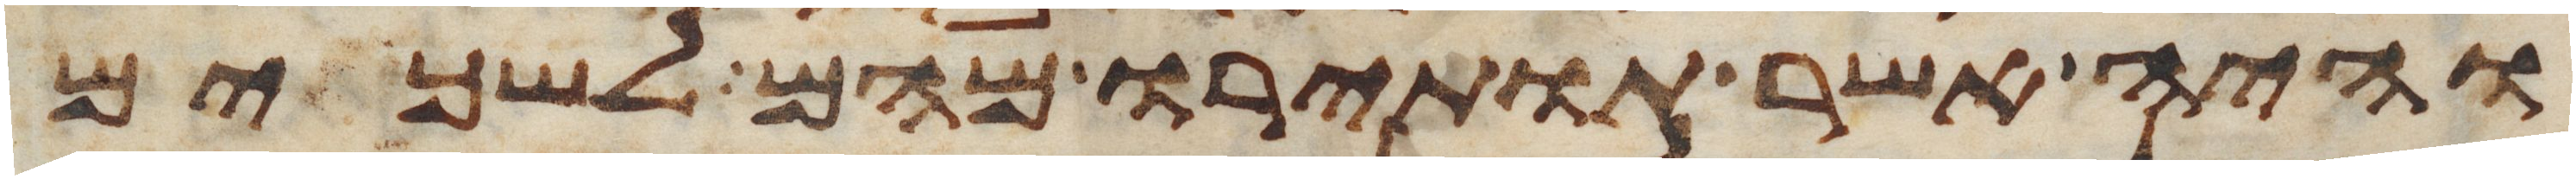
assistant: והיה אשר תותירו מהם לשכים